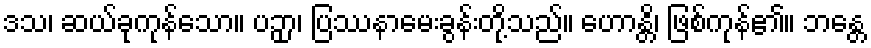
ဒသ၊ ဆယ်ခုကုန်သော။ ပဉှာ၊ ပြဿနာမေးခွန်းတို့သည်။ ဟောန္တိ၊ ဖြစ်ကုန်၏။ ဘန္တေ